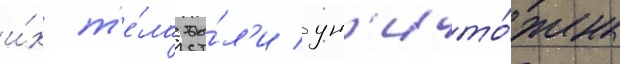
и́х т'е́ла бы́л'и ун'ичто́жены